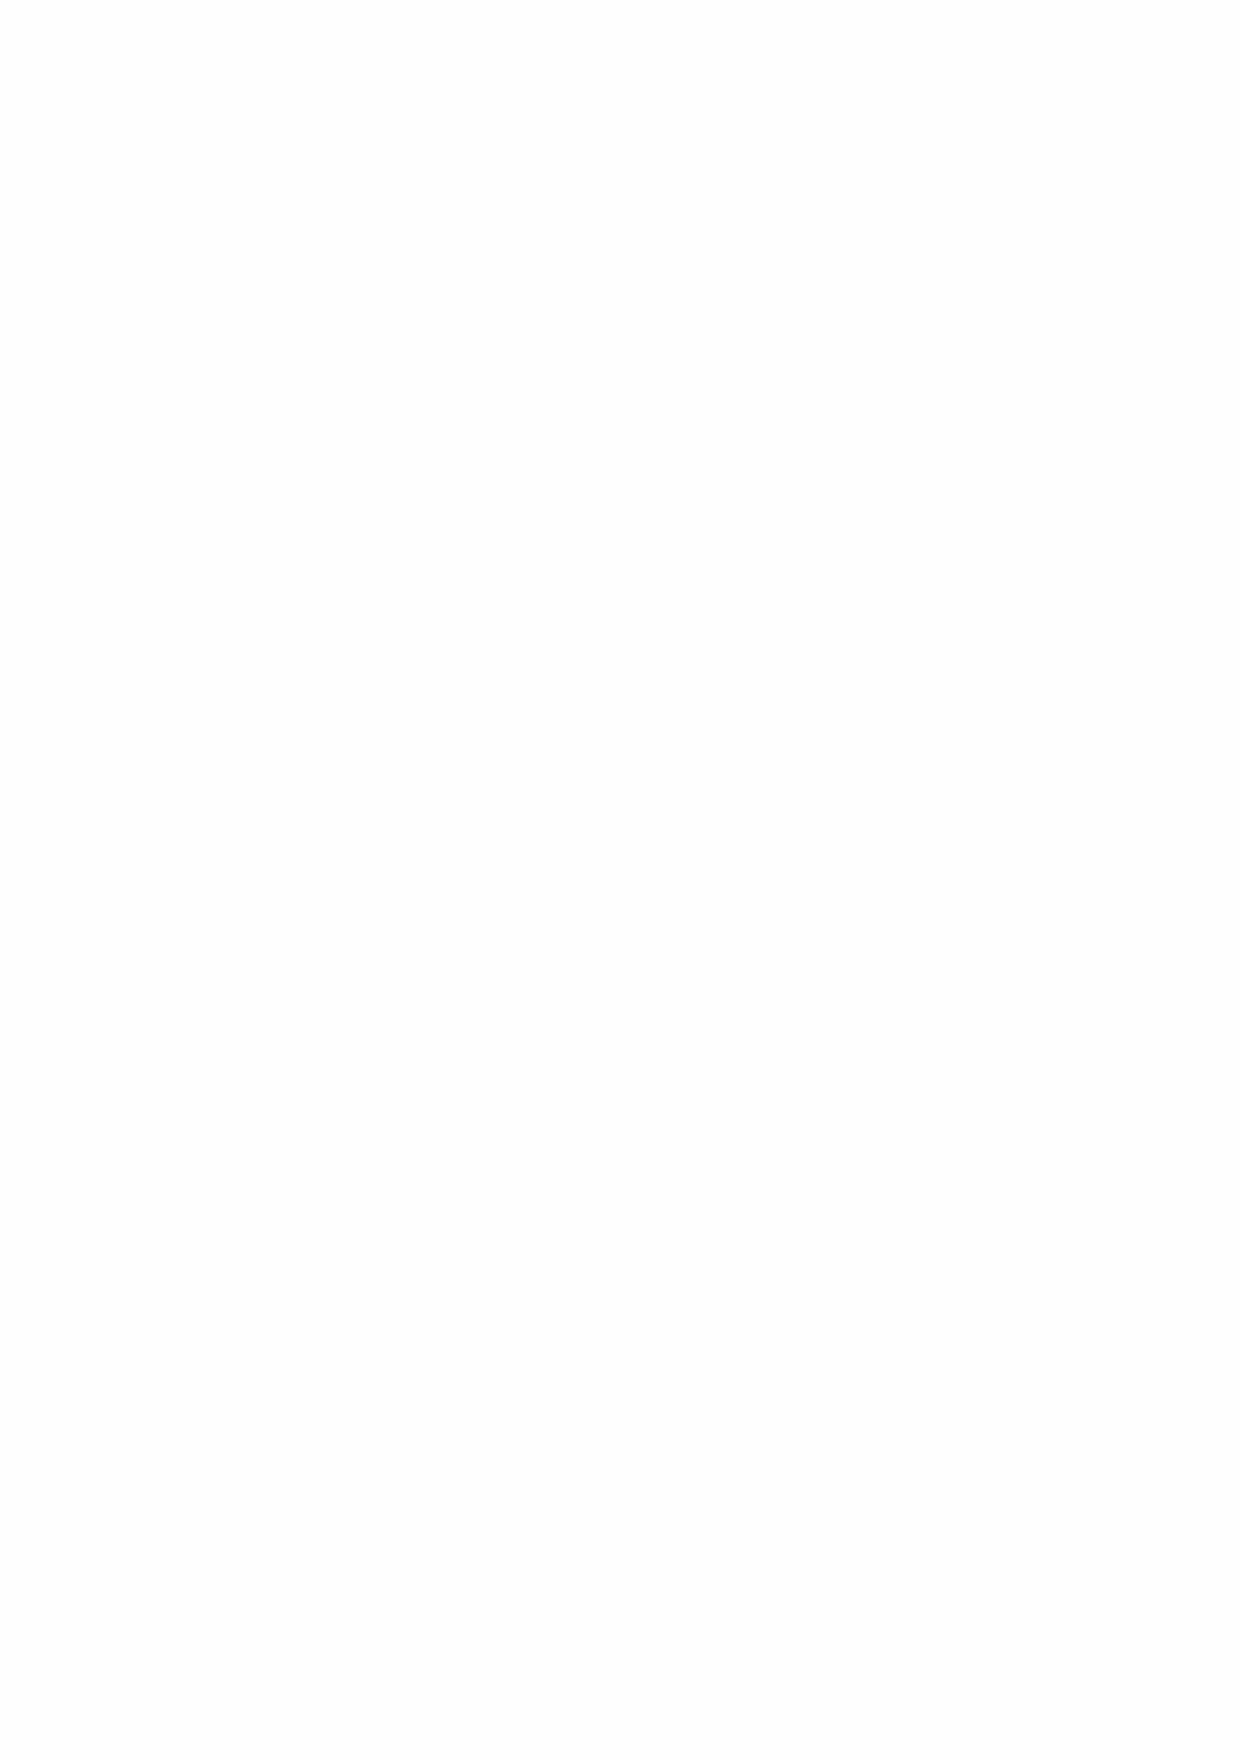
beneficiaries. Kim was not involved in either requesting or approving the grant. No grants were
 made in 2019/20.
 Alison Gardner the, previous Finance Director, was the Branch Secretary of SSAFA London
 Northwest and a caseworker for SSAFA Ealing. Hugh Player, the previous Director of Greenwich
 Hospital, was a SSAFA regional representative for London. The Hospital assists clients referred
 through SSAFA. Neither Alison Gardner nor Hugh Player were involved in decisions by SSAFA to
 fund clients.
 Board Member Ian Harwood was a Member of the Audit Committee of the University of Greenwich.
 The University is a sub tenant of the Hospital. A total of £12,000 was paid to the University of
 Greenwich in 2019/20 (2018/19 £15,200) in the form of Student Bursaries.
 Board Member Stuart Beevor is a Director for Legal and General Group UK Senior Pension
 Scheme. Greenwich Hospital operates a defined contribution pension scheme for its employees
 with Legal and General. No conflict of interest occurred.
 In addition to RHSEL the School has three related organisations an Alumni association, a parent’s
 association and a fundraising trust. The group had no material transactions with these
 organisations.
 Travers Foundation and RHSEL are both mandated to provide funds for the Hospital. No conflict
 of interest therefore exists in the Hospitals involvement in decision making.
 29 Financial Instruments
 FRS 102 requires disclosure of the role which financial instruments have had during the year in
 creating or changing the risks an entity faces in undertaking its activities. Financial instruments
 include investments in equity shares and bonds, cash held on deposit and other receivables.
 Group           Charity
 2020    2019    2020    2019
 £m      £m      £m      £m
 Financial Assets
 Quoted Investments            101.1   112.9    100.9  112.9
 Cash Held                       9.4    12.2     9.0    11.1
 Rent and Other Receivables      2.9     4.8     2.9     4.3
 Total Financial Assets        113.4   129.9    112.8  128.3
 Financial Liabilities
 Finance Lease Liabilities       0.6     0.6     0.6     0.6
 Trade and Other Payables       27.8    28.6    27.9    28.7
 Total Financial Liabilities    28.4    29.2    28.5    29.3
 Interest rate risk
 The Hospital’s exposure to interest rate is not material due to the small proportion of financial
 assets held as cash on deposit. The impact of interest rate movements on the value of quoted
 investments is considered under the section “Quoted investment price risk”. Finance leases are
 on fixed rentals and interest rate movements have no impact on the value of rent and other
 receivables nor on the value of trade and other payables. Interest on loans under the revolving
 facility are fixed for the duration of the loans though the cost of re-financing a maturing via a new
 draw-down under the facility is exposed to movements in interest rates.
 65